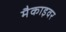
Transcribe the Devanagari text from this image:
मैकाइवर